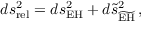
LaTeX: d s _ { \mathrm { r e l } } ^ { 2 } = d s _ { \mathrm { E H } } ^ { 2 } + d \tilde { s } _ { \widetilde { \mathrm { E H } } } ^ { 2 } \, ,